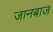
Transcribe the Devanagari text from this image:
जानबाज